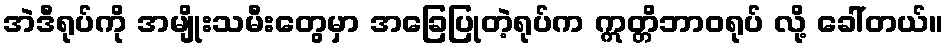
အဲဒီရုပ်ကို အမျိုးသမီးတွေမှာ အခြေပြုတဲ့ရုပ်က ဣတ္တိဘာဝရုပ် လို့ ခေါ်တယ်။